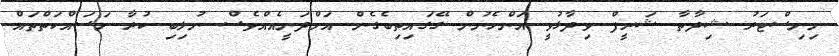
މިނިސްޓަރު ޝިދާތާ ޝަރީފް ވިދާޅުވީ އަންހެނުން ގޭގައިތިބެގެން އަމްދަނީއެއްވެސް ނުލިބި ކުރާ މަސައްކަތްތައް